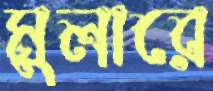
মুলারে